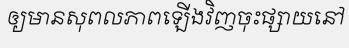
ឲ្យមានសុពលភាពឡើងវិញចុះផ្សាយនៅ